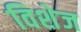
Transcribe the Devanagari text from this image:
विशेज